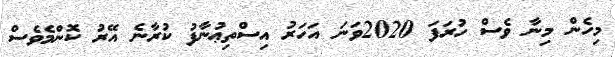
މިހެން މިނާ ވެސް ހުރަފަ 2020ވަނަ އަހަރު އިސްތިޢުނާފު ކުރާނެ އޭރު ކޮންމެވެސް